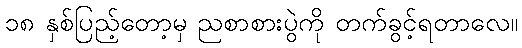
၁၈ နှစ်ပြည့်တော့မှ ညစာစားပွဲကို တက်ခွင့်ရတာလေ။